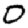
Digit: 0